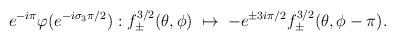
LaTeX: \begin{align*}e^{-i \pi} \varphi (e^{-i \sigma_3 \pi/2}) :f^{3/2}_\pm (\theta,\phi) \; \mapsto \;- e^{\pm 3 i \pi/2} f^{3/2}_\pm (\theta, \phi - \pi).\end{align*}